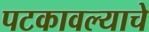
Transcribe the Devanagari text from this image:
पटकावल्याचे